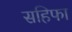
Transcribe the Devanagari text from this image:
सहिफा